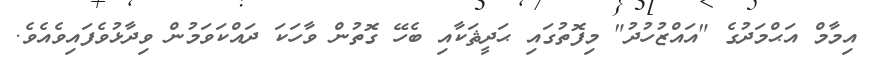
އިމާމް އަޙްމަދުގެ "އައްޒުހުދު" މިފޮތުގައި ޙަދީޘަކާއި ބެހޭ ގޮތުން ވާހަކަ ދައްކަވަމުން ވިދާޅުވެފައިވެއެވެ.